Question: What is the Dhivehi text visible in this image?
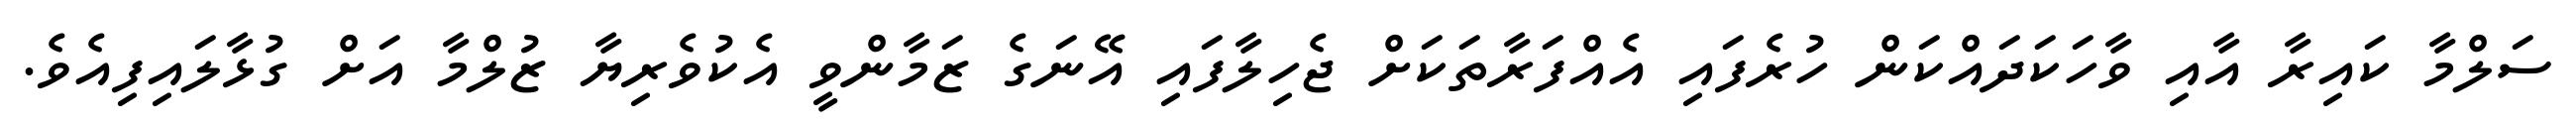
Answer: ސަލްމާ ކައިރާ އާއި ވާހަކަދައްކަން ހުރެފައި އެއްފަރާތަކަށް ޖެހިލާފައި އޭނަގެ ޒަމާންވީ އެކުވެރިޔާ ޒުލްމާ އަށް ގުޅާލައިފިއެވެ.